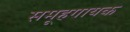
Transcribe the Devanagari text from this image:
समूहगायक